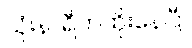
သုံးနာရီကထိုးနေပြီ။